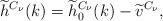
LaTeX: \begin{align*}\widetilde h^{C_\nu}(k) = \widetilde h_0^{C_\nu}(k)-\widetilde v^{C_\nu},\end{align*}